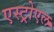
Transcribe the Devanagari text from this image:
एस्ट्रोएल